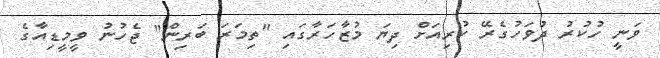
ވަނީ ހުކުރު ދުވަހުގެރޭ ކުރިއަށް ދިޔަ މުޒާހަރާގައި "ތިމަރަ ބަރިން" ޖެހުނު ވީމީޑިއާގެ